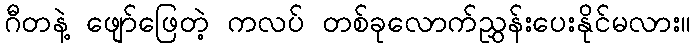
ဂီတနဲ့ ဖျော်ဖြေတဲ့ ကလပ် တစ်ခုလောက်ညွှန်းပေးနိုင်မလား။